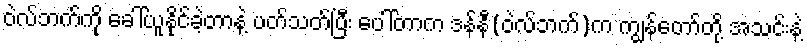
ဝဲလ်ဘက်ကို ခေါ်ယူနိုင်ခဲ့တာနဲ့ ပတ်သတ်ပြီး ပေါ်တာက ဒန််နီ(ဝဲလ်ဘက်)က ကျွန်တော်တို့ အသင်းနဲ့